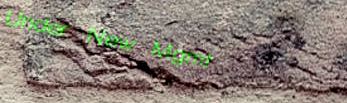
Under New Mgmt